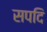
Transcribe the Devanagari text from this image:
सपदि